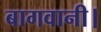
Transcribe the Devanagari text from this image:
बागवानी।